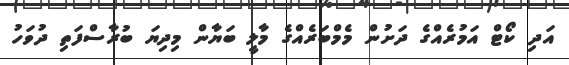
އަދި ކޯޓް އަމުރެއްގެ ދަށުން މެމްބަރެއްގެ މާލީ ބަޔާން މިދިޔަ ބުރާސްފަތި ދުވަހު